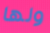
ولها